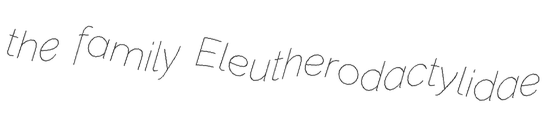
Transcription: the family Eleutherodactylidae